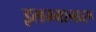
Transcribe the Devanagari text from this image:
इलम्मागारू